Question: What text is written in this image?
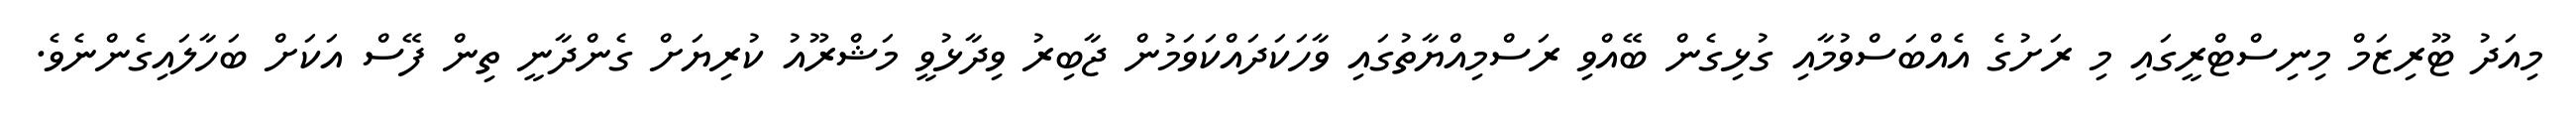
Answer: މިއަދު ޓޫރިޒަމް މިނިސްޓްރީގައި މި ރަށުގެ އެއްބަސްވުމާއި ގުޅިގެން ބޭއްވި ރަސްމިއްޔާތުގައި ވާހަކަދައްކަވަމުން ޖާބިރު ވިދާޅުވީ މަޝްރޫއު ކުރިޔަށް ގެންދާނީ ތިން ފޭސް އަކަށް ބަހާލައިގެންނެވެ.